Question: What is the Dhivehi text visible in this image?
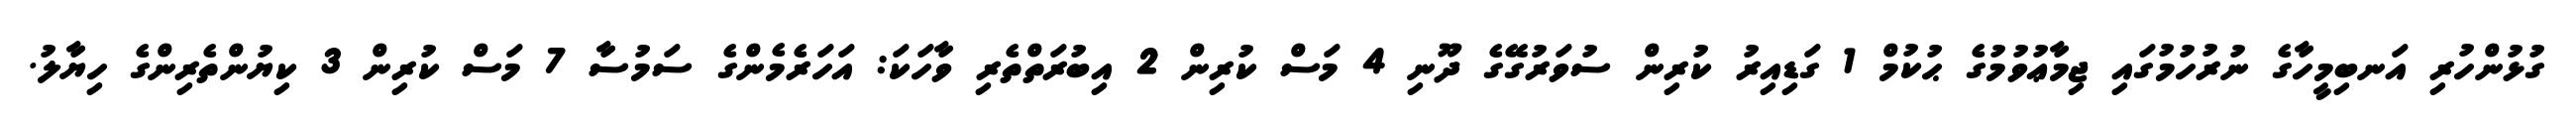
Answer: ގުޅުންހުރި އަނބިމީހާގެ ނުރުހުމުގައި ޖިމާޢުވުމުގެ ޙުކުމް 1 ގަޑިއިރު ކުރިން ސުވަރުގޭގެ ދޫނި 4 މަސް ކުރިން 2 އިބުރަތްތެރި ވާހަކަ: އަހަރެމެންގެ ސަމުސާ 7 މަސް ކުރިން 3 ކިޔުންތެރިންގެ ހިޔާލު.